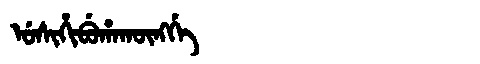
Manchu: ᡠᠰᡳᡥᡳᠪᡠᡥᠠᡴᡡᠩᡤᡝ
Romanization: USIHIBUHAKŪNGGE